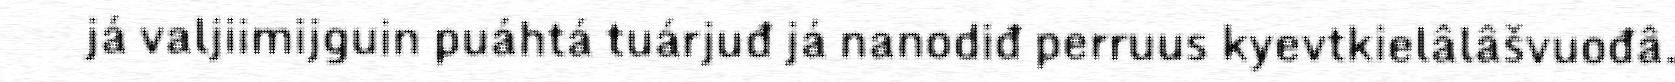
já valjiimijguin puáhtá tuárjuđ já nanodiđ perruus kyevtkielâlâšvuođâ.